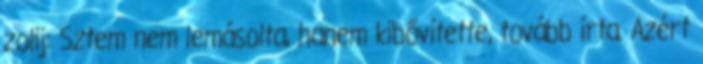
zolij: Sztem nem lemásolta, hanem kibővítette, tovább írta. Azért